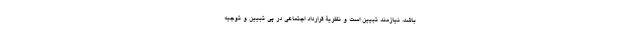
باشد، نیازمند تبیین است و نظریۀ قرارداد اجتماعی در پی تبیین و توجیه